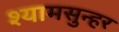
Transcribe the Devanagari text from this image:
श्यामसुन्हर